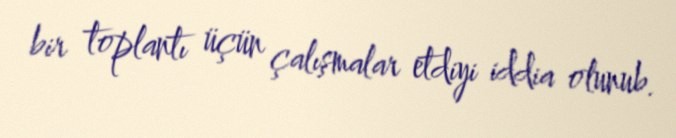
bir toplantı üçün çalışmalar etdiyi iddia olunub.